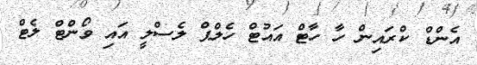
އެންޑް ކްރައިން ހާ ހާޓް އައުޓް ހެލްޕް ލެސްލީ އައި ވޯންޓް ލެޓް